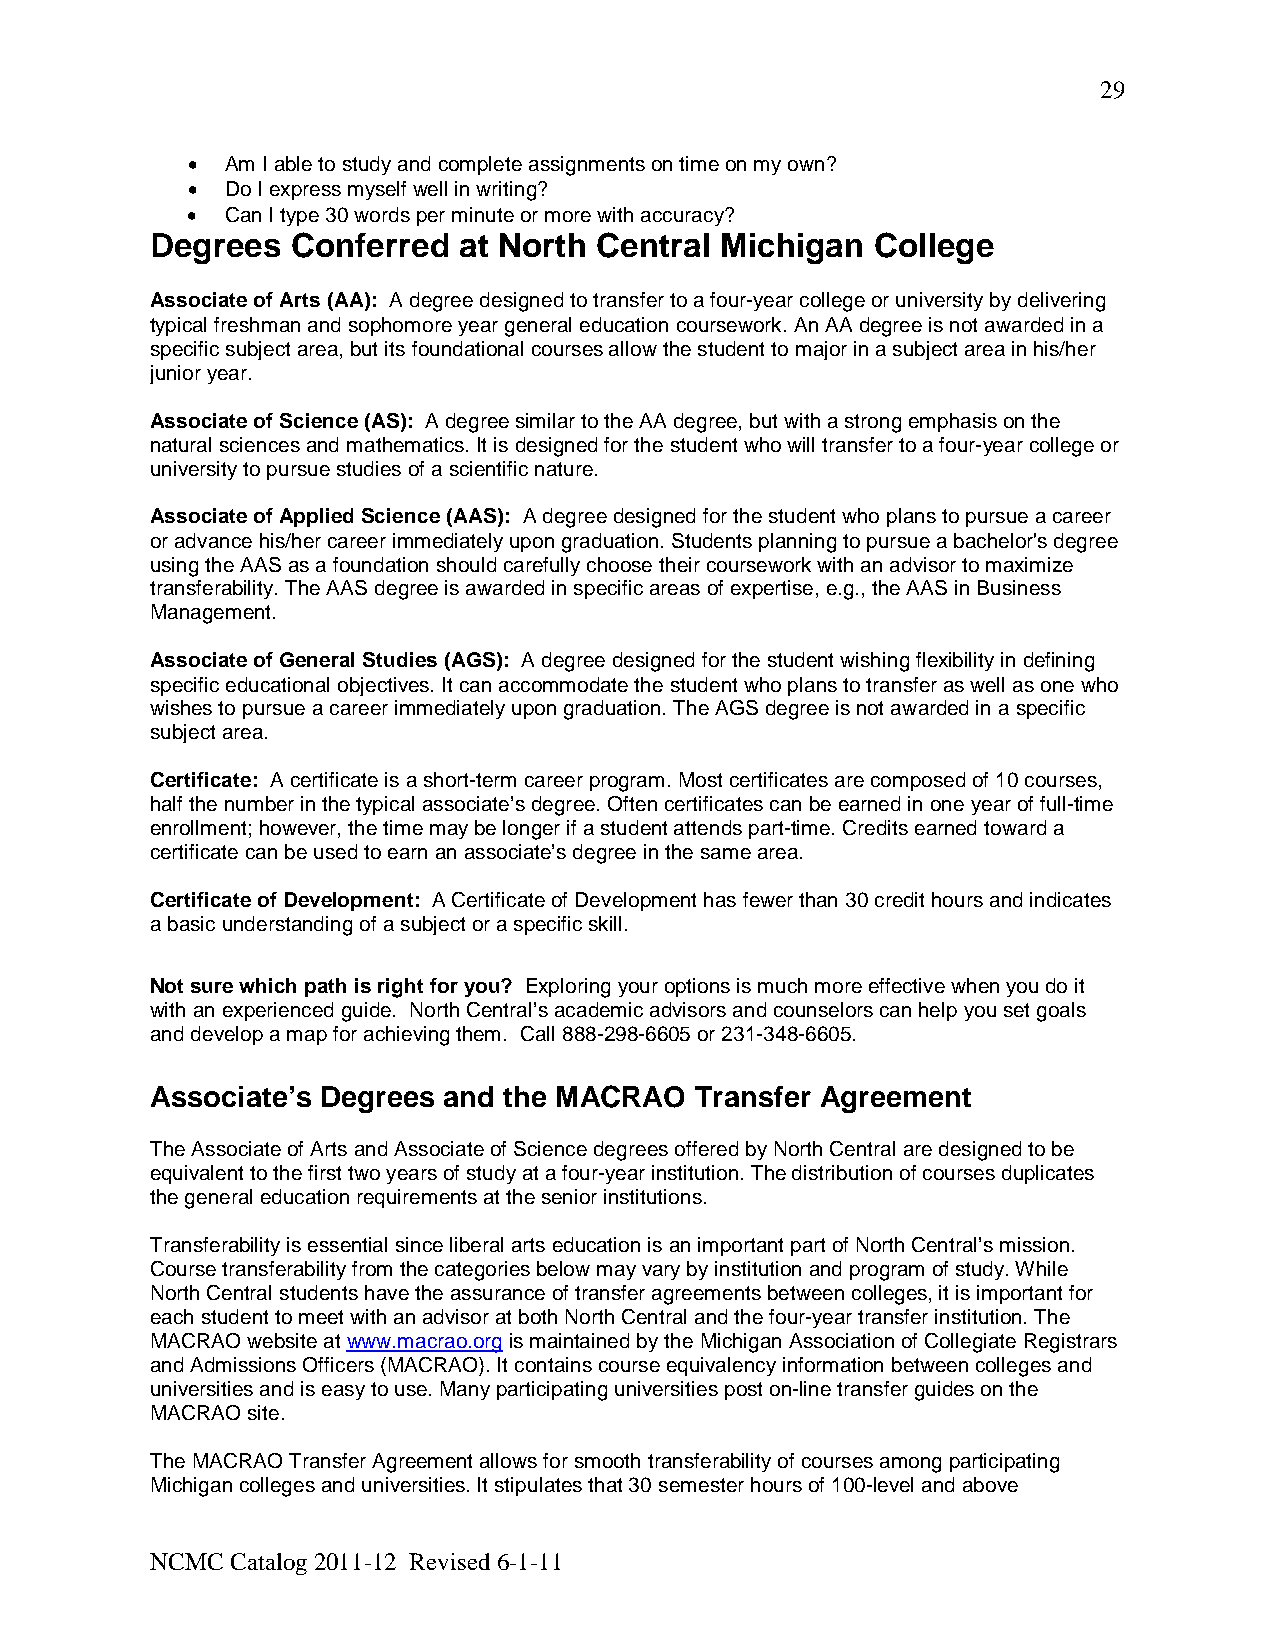
29
 •  Am I able to study and complete assignments on time on my own?
 •  Do I express myself well in writing?
 •  Can I type 30 words per minute or more with accuracy?
 Degrees  Conferred  at North Central  Michigan  College
 Associate of Arts (AA): A degree designed to transfer to a four-year college or university by delivering
 typical freshman and sophomore year general education coursework. An AA degree is not awarded in a
 specific subject area, but its foundational courses allow the student to major in a subject area in his/her
 junior year.
 Associate of Science (AS): A degree similar to the AA degree, but with a strong emphasis on the
 natural sciences and mathematics. It is designed for the student who will transfer to a four-year college or
 university to pursue studies of a scientific nature.
 Associate of Applied Science (AAS): A degree designed for the student who plans to pursue a career
 or advance his/her career immediately upon graduation. Students planning to pursue a bachelor's degree
 using the AAS as a foundation should carefully choose their coursework with an advisor to maximize
 transferability. The AAS degree is awarded in specific areas of expertise, e.g., the AAS in Business
 Management.
 Associate of General Studies (AGS): A degree designed for the student wishing flexibility in defining
 specific educational objectives. It can accommodate the student who plans to transfer as well as one who
 wishes to pursue a career immediately upon graduation. The AGS degree is not awarded in a specific
 subject area.
 Certificate: A certificate is a short-term career program. Most certificates are composed of 10 courses,
 half the number in the typical associate’s degree. Often certificates can be earned in one year of full-time
 enrollment; however, the time may be longer if a student attends part-time. Credits earned toward a
 certificate can be used to earn an associate’s degree in the same area.
 Certificate of Development: A Certificate of Development has fewer than 30 credit hours and indicates
 a basic understanding of a subject or a specific skill.
 Not sure which path is right for you? Exploring your options is much more effective when you do it
 with an experienced guide. North Central’s academic advisors and counselors can help you set goals
 and develop a map for achieving them. Call 888-298-6605 or 231-348-6605.
 Associate’s Degrees and the MACRAO  Transfer Agreement
 The Associate of Arts and Associate of Science degrees offered by North Central are designed to be
 equivalent to the first two years of study at a four-year institution. The distribution of courses duplicates
 the general education requirements at the senior institutions.
 Transferability is essential since liberal arts education is an important part of North Central’s mission.
 Course transferability from the categories below may vary by institution and program of study. While
 North Central students have the assurance of transfer agreements between colleges, it is important for
 each student to meet with an advisor at both North Central and the four-year transfer institution. The
 MACRAO website at www.macrao.org is maintained by the Michigan Association of Collegiate Registrars
 and Admissions Officers (MACRAO). It contains course equivalency information between colleges and
 universities and is easy to use. Many participating universities post on-line transfer guides on the
 MACRAO site.
 The MACRAO Transfer Agreement allows for smooth transferability of courses among participating
 Michigan colleges and universities. It stipulates that 30 semester hours of 100-level and above
 NCMC Catalog 2011-12 Revised 6-1-11